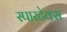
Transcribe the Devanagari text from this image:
स्पारटेक्स